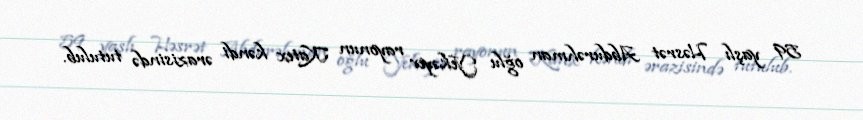
59 yaşlı Həsrət Abdurəhman oğlu Yekəyev rayonun Katex kəndi ərazisində tutulub.